Vaccine operations Central Provinces 1900-1911 - 1900-1911
Year: 1900
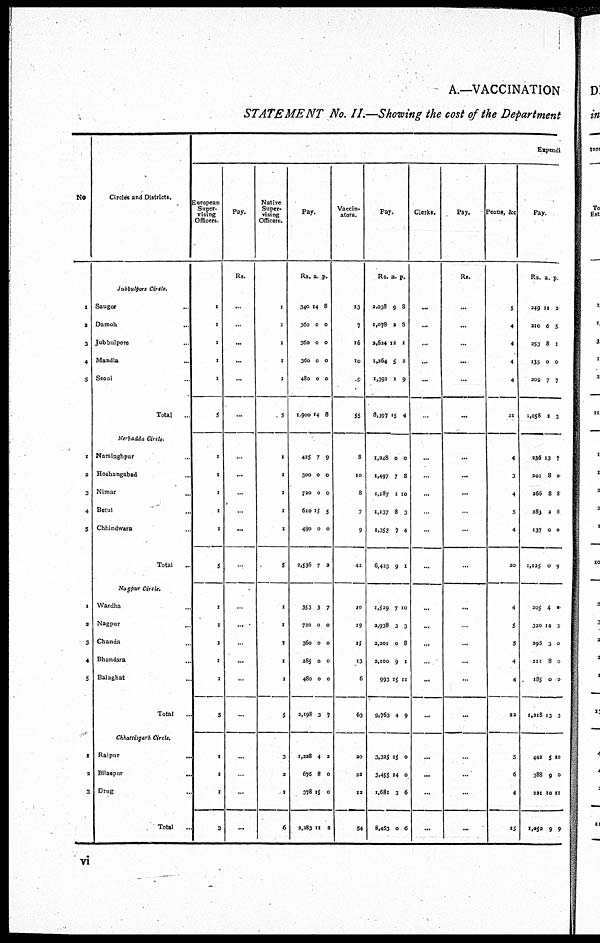
A.—VACCINATION
STATEMENT No. II.—Showing the cost of the Department
No
1
2
3
4
5
1
2
3
4
5
1
2
3
4
5
1
2
3
Circles and Districts.
Jubbulpore Circle.
Saugor ...
Damoh ...
Jubbulpore ...
Mandla ...
Seoni ...
Total ...
Narbadda Circle.
Narsinghpur ...
Hoshangabad ...
Nimar
...
Betul ...
Chhindwara ...
Total
...
Nagpur Circle.
Wardha ...
Nagpur ...
Chanda ...
Bhandara ...
Balaghat ...
Total ...
Chhattisgarh Circle.
Raipur ...
Bilaspur
...
Drug ...
Total
...
Expendi
European
Super¬
vising
Officers.
1
1
1
1
1
5
1
1
1
1
1
5
1
1
1
1
1
5
1
1
1
3
Pay.
Rs.
...
...
...
...
...
...
...
...
...
...
...
...
...
...
...
...
...
...
...
...
...
...
Native
Super-
vising
Officers.
1
1
1
1
1
5
1
1
1
1
1
5
1
1
1
1
1
5
3
2
1
6
Pay.
Rs.
340
360
360
360
480
1,900
a.
14
0
0
0
0
14
p.
8
0
0
0
0
8
435
300
720
610
480
2,536
353
720
360
285
480
2,198
1,228
676
378
2,283
7
0
0
15
0
7
3
0
0
0
0
3
4
8
15
11
9
0
0
5
0
2
7
0
0
0
0
7
2
0
0
2
Vaccin-
ators.
13
7
16
10
9
55
8
10
8
7
9
42
10
19
15
13
6
63
20
22
12
54
Pay.
Rs.
2,038
1,078
2,624
1,264
1,392
8,397
a.
9
2
12
5
1
15
p.
8
8
1
2
9
4
1,248
1,497
1,187
1,137
1,353
6,423
1,529
2,938
2,201
2,100
993
9,763
3,325
3,455
1,681
8,463
0
7
1
8
7
9
7
3
0
9
15
4
15
14
3
0
0
8
10
3
4
1
10
3
8
1
11
9
0
0
6
6
Clerks.
...
...
...
...
...
...
...
...
...
...
...
...
...
...
...
...
...
...
...
...
...
...
Pay.
Rs.
...
...
...
...
...
...
...
...
...
...
...
...
...
...
...
...
...
...
...
...
...
...
Peons, &c
5
4
4
4
4
21
4
3
4
5
4
20
4
5
5
4
4
22
5
6
4
15
Pay.
Rs.
249
210
253
135
200
1,058
a.
11
6
8
0
7
1
p.
2
5
1
0
7
3
236
201
266
285
137
1,125
13
8
8
2
0
0
7
0
8
6
0
9
205
320
296
211
185
1,2l8
442
388
221
1,052
4
14
3
8
0
3
5
9
10
9
0
3
0
0
0
3
10
0
11
9
vi